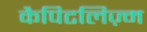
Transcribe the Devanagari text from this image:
कैपिटलिज़्म